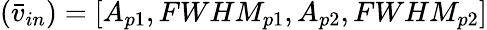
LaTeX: (\bar{v}_{in})=[A_{p1},FWHM_{p1},A_{p2},FWHM_{p2}]